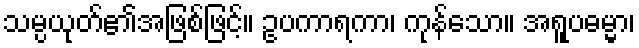
သမ္ပယုတ်၏အဖြစ်ဖြင့်။ ဥပကာရကာ၊ ကုန်သော။ အရူပဓမ္မာ၊